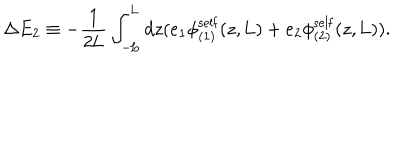
\Delta E _ { 2 } \equiv - \frac { 1 } { 2 \mathrm { L } } \int _ { - \mathrm { L } } ^ { \mathrm { L } } d z ( e _ { 1 } { \phi } _ { ( 1 ) } ^ { \mathrm { s e l f } } ( z , \mathrm { L } ) + e _ { 2 } { \phi } _ { ( 2 ) } ^ { \mathrm { s e l f } } ( z , \mathrm { L } ) ) .